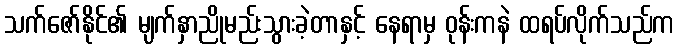
သက်ဇော်နိုင်၏ မျက်နှာညိုမည်းသွားခဲ့တာနှင့် နေရာမှ ဝုန်းကနဲ ထရပ်လိုက်သည်က